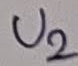
Text: U2